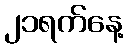
၂၁ရက်နေ့